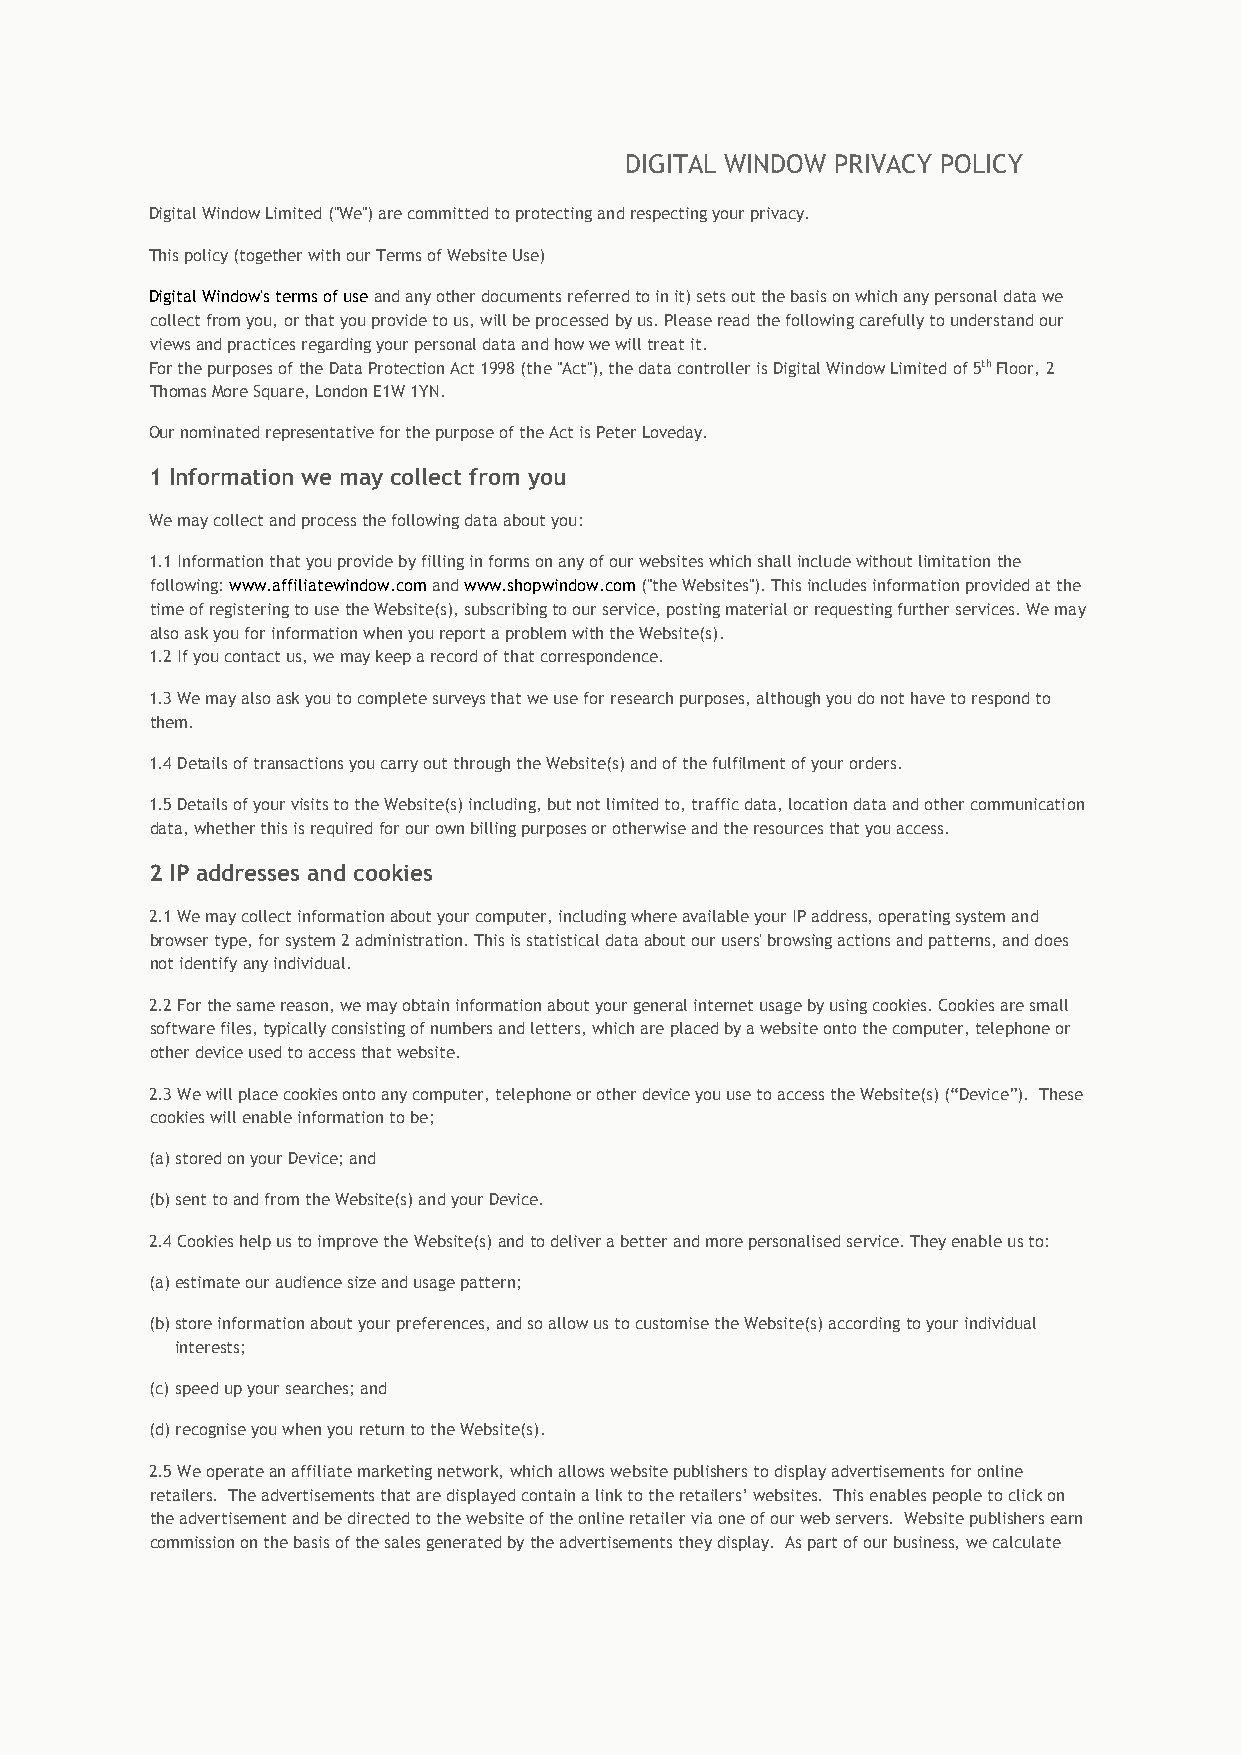
DIGITAL WINDOW PRIVACY POLICY
 Digital Window Limited ("We") are committed to protecting and respecting your privacy.
 This policy (together with our Terms of Website Use)
 Digital Window's terms of use and any other documents referred to in it) sets out the basis on which any personal data we
 collect from you, or that you provide to us, will be processed by us. Please read the following carefully to understand our
 views and practices regarding your personal data and how we will treat it.
 For the purposes of the Data Protection Act 1998 (the "Act"), the data controller is Digital Window Limited of 5th Floor, 2
 Thomas More Square, London E1W 1YN.
 Our nominated representative for the purpose of the Act is Peter Loveday.
 1 Information we may collect from you
 We may collect and process the following data about you:
 1.1 Information that you provide by filling in forms on any of our websites which shall include without limitation the
 following: www.affiliatewindow.com and www.shopwindow.com ("the Websites"). This includes information provided at the
 time of registering to use the Website(s), subscribing to our service, posting material or requesting further services. We may
 also ask you for information when you report a problem with the Website(s).
 1.2 If you contact us, we may keep a record of that correspondence.
 1.3 We may also ask you to complete surveys that we use for research purposes, although you do not have to respond to
 them.
 1.4 Details of transactions you carry out through the Website(s) and of the fulfilment of your orders.
 1.5 Details of your visits to the Website(s) including, but not limited to, traffic data, location data and other communication
 data, whether this is required for our own billing purposes or otherwise and the resources that you access.
 2 IP addresses and cookies
 2.1 We may collect information about your computer, including where available your IP address, operating system and
 browser type, for system 2 administration. This is statistical data about our users' browsing actions and patterns, and does
 not identify any individual.
 2.2 For the same reason, we may obtain information about your general internet usage by using cookies. Cookies are small
 software files, typically consisting of numbers and letters, which are placed by a website onto the computer, telephone or
 other device used to access that website.
 2.3 We will place cookies onto any computer, telephone or other device you use to access the Website(s) (“Device”). These
 cookies will enable information to be;
 (a) stored on your Device; and
 (b) sent to and from the Website(s) and your Device.
 2.4 Cookies help us to improve the Website(s) and to deliver a better and more personalised service. They enable us to:
 (a) estimate our audience size and usage pattern;
 (b) store information about your preferences, and so allow us to customise the Website(s) according to your individual
 interests;
 (c) speed up your searches; and
 (d) recognise you when you return to the Website(s).
 2.5 We operate an affiliate marketing network, which allows website publishers to display advertisements for online
 retailers. The advertisements that are displayed contain a link to the retailers’ websites. This enables people to click on
 the advertisement and be directed to the website of the online retailer via one of our web servers. Website publishers earn
 commission on the basis of the sales generated by the advertisements they display. As part of our business, we calculate